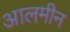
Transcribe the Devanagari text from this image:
आलमीन